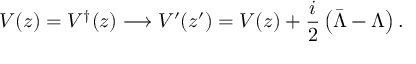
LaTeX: V ( z ) = V ^ { \dagger } ( z ) \longrightarrow V ^ { \prime } ( z ^ { \prime } ) = V ( z ) + \frac { i } { 2 } \left( \bar { \Lambda } - \Lambda \right) .